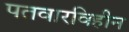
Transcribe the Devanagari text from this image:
पतवारविहीन